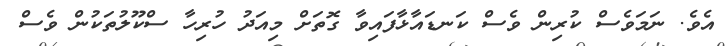
އެވެ. ނަމަވެސް ކުރިން ވެސް ކަނޑައާޅާފައިވާ ގޮތަށް މިއަދު ހުރިހާ ސްކޫލުތަކުން ވެސް